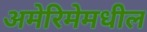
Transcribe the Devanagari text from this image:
अमेरिमेमधील